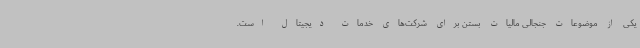
یکی از موضوعات جنجالی مالیات بستن برای شرکت‌های خدمات دیجیتال است.